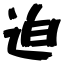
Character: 迫